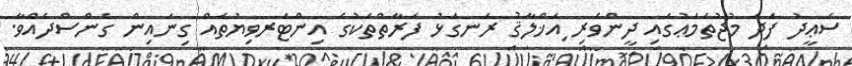
ސަޢީދު ފަދަ މުޖުތަމަޢުގައި ދީންވެރި ިއަޚްލާޤު ރަނގަޅު ފަރާތްތަކުގެ އިންޓަރވިޔުތައް ގިނައިން ގެންސްދެއްވާ.